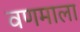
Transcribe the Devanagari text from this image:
वणमाला